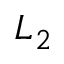
L _ { 2 }